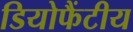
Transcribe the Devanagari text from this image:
डियोफैंटीय